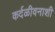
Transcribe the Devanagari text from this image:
कर्दळीवनाशी